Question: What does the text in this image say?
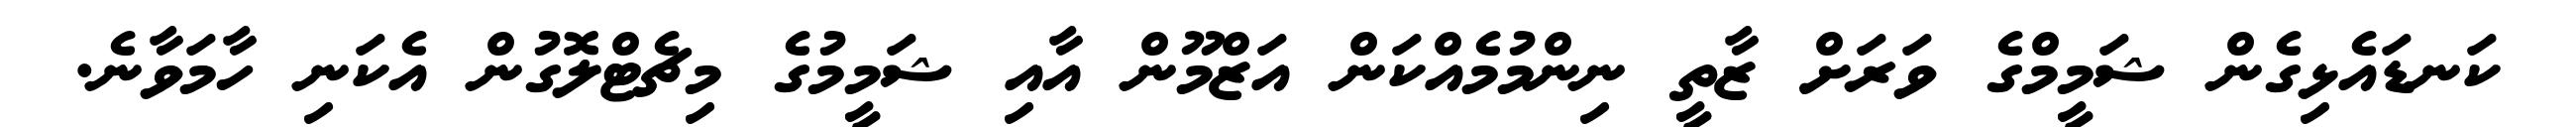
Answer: ކަނޑައެޅިގެން ޝަމީމްގެ ވަރަށް ޒާތީ ނިންމުމެއްކަން އަޒްމޫން އާއި ޝަމީމުގެ މިޗެޓްލޮގުން އެކަނި ހާމަވާނެ.